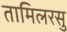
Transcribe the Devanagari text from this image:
तामिलरसु